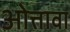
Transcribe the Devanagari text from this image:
ओत्तावा